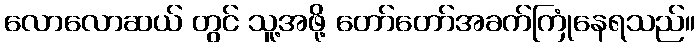
လောလောဆယ် တွင် သူ့အဖို့ တော်တော်အခက်ကြုံနေရသည်။